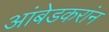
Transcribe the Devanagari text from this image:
आंबेडकरांन